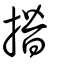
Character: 撍